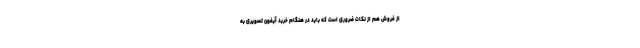
از فروش هم از نکات ضروری است که باید در هنگام خرید آیفون تصویری به